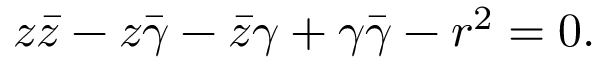
z { \bar { z } } - z { \bar { \gamma } } - { \bar { z } } \gamma + \gamma { \bar { \gamma } } - r ^ { 2 } = 0 .